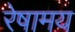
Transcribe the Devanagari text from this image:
रेषामय